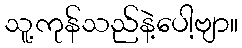
သူ့ကုန်သည်နဲ့ပေါ့ဗျာ။